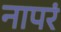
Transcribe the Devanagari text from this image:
नापरं